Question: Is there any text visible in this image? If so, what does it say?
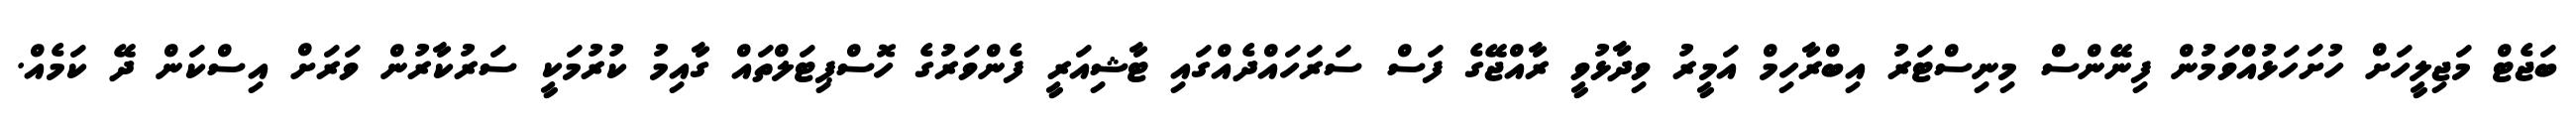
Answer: ބަޖެޓް މަޖިލީހަށް ހުށަހަޅުއްވަމުން ފިނޭންސް މިނިސްޓަރު އިބްރާހިމް އަމީރު ވިދާޅުވީ ރާއްޖޭގެ ފަސް ސަރަހައްދެއްގައި ޓާޝިއަރީ ފެންވަރުގެ ހޮސްޕިޓަލްތައް ގާއިމު ކުރުމަކީ ސަރުކާރުން ވަރަށް އިސްކަން ދޭ ކަމެއް.